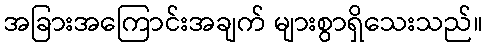
အခြားအကြောင်းအချက် များစွာရှိသေးသည်။